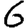
Digit: 6